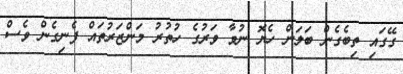
ގޭގައި ތިބެގެން ބަލަން ހެޔޮ ނުވާ ވަރުގެ ހުތުރު މަންޒަރުތައް ފެނިގެން ވެސް